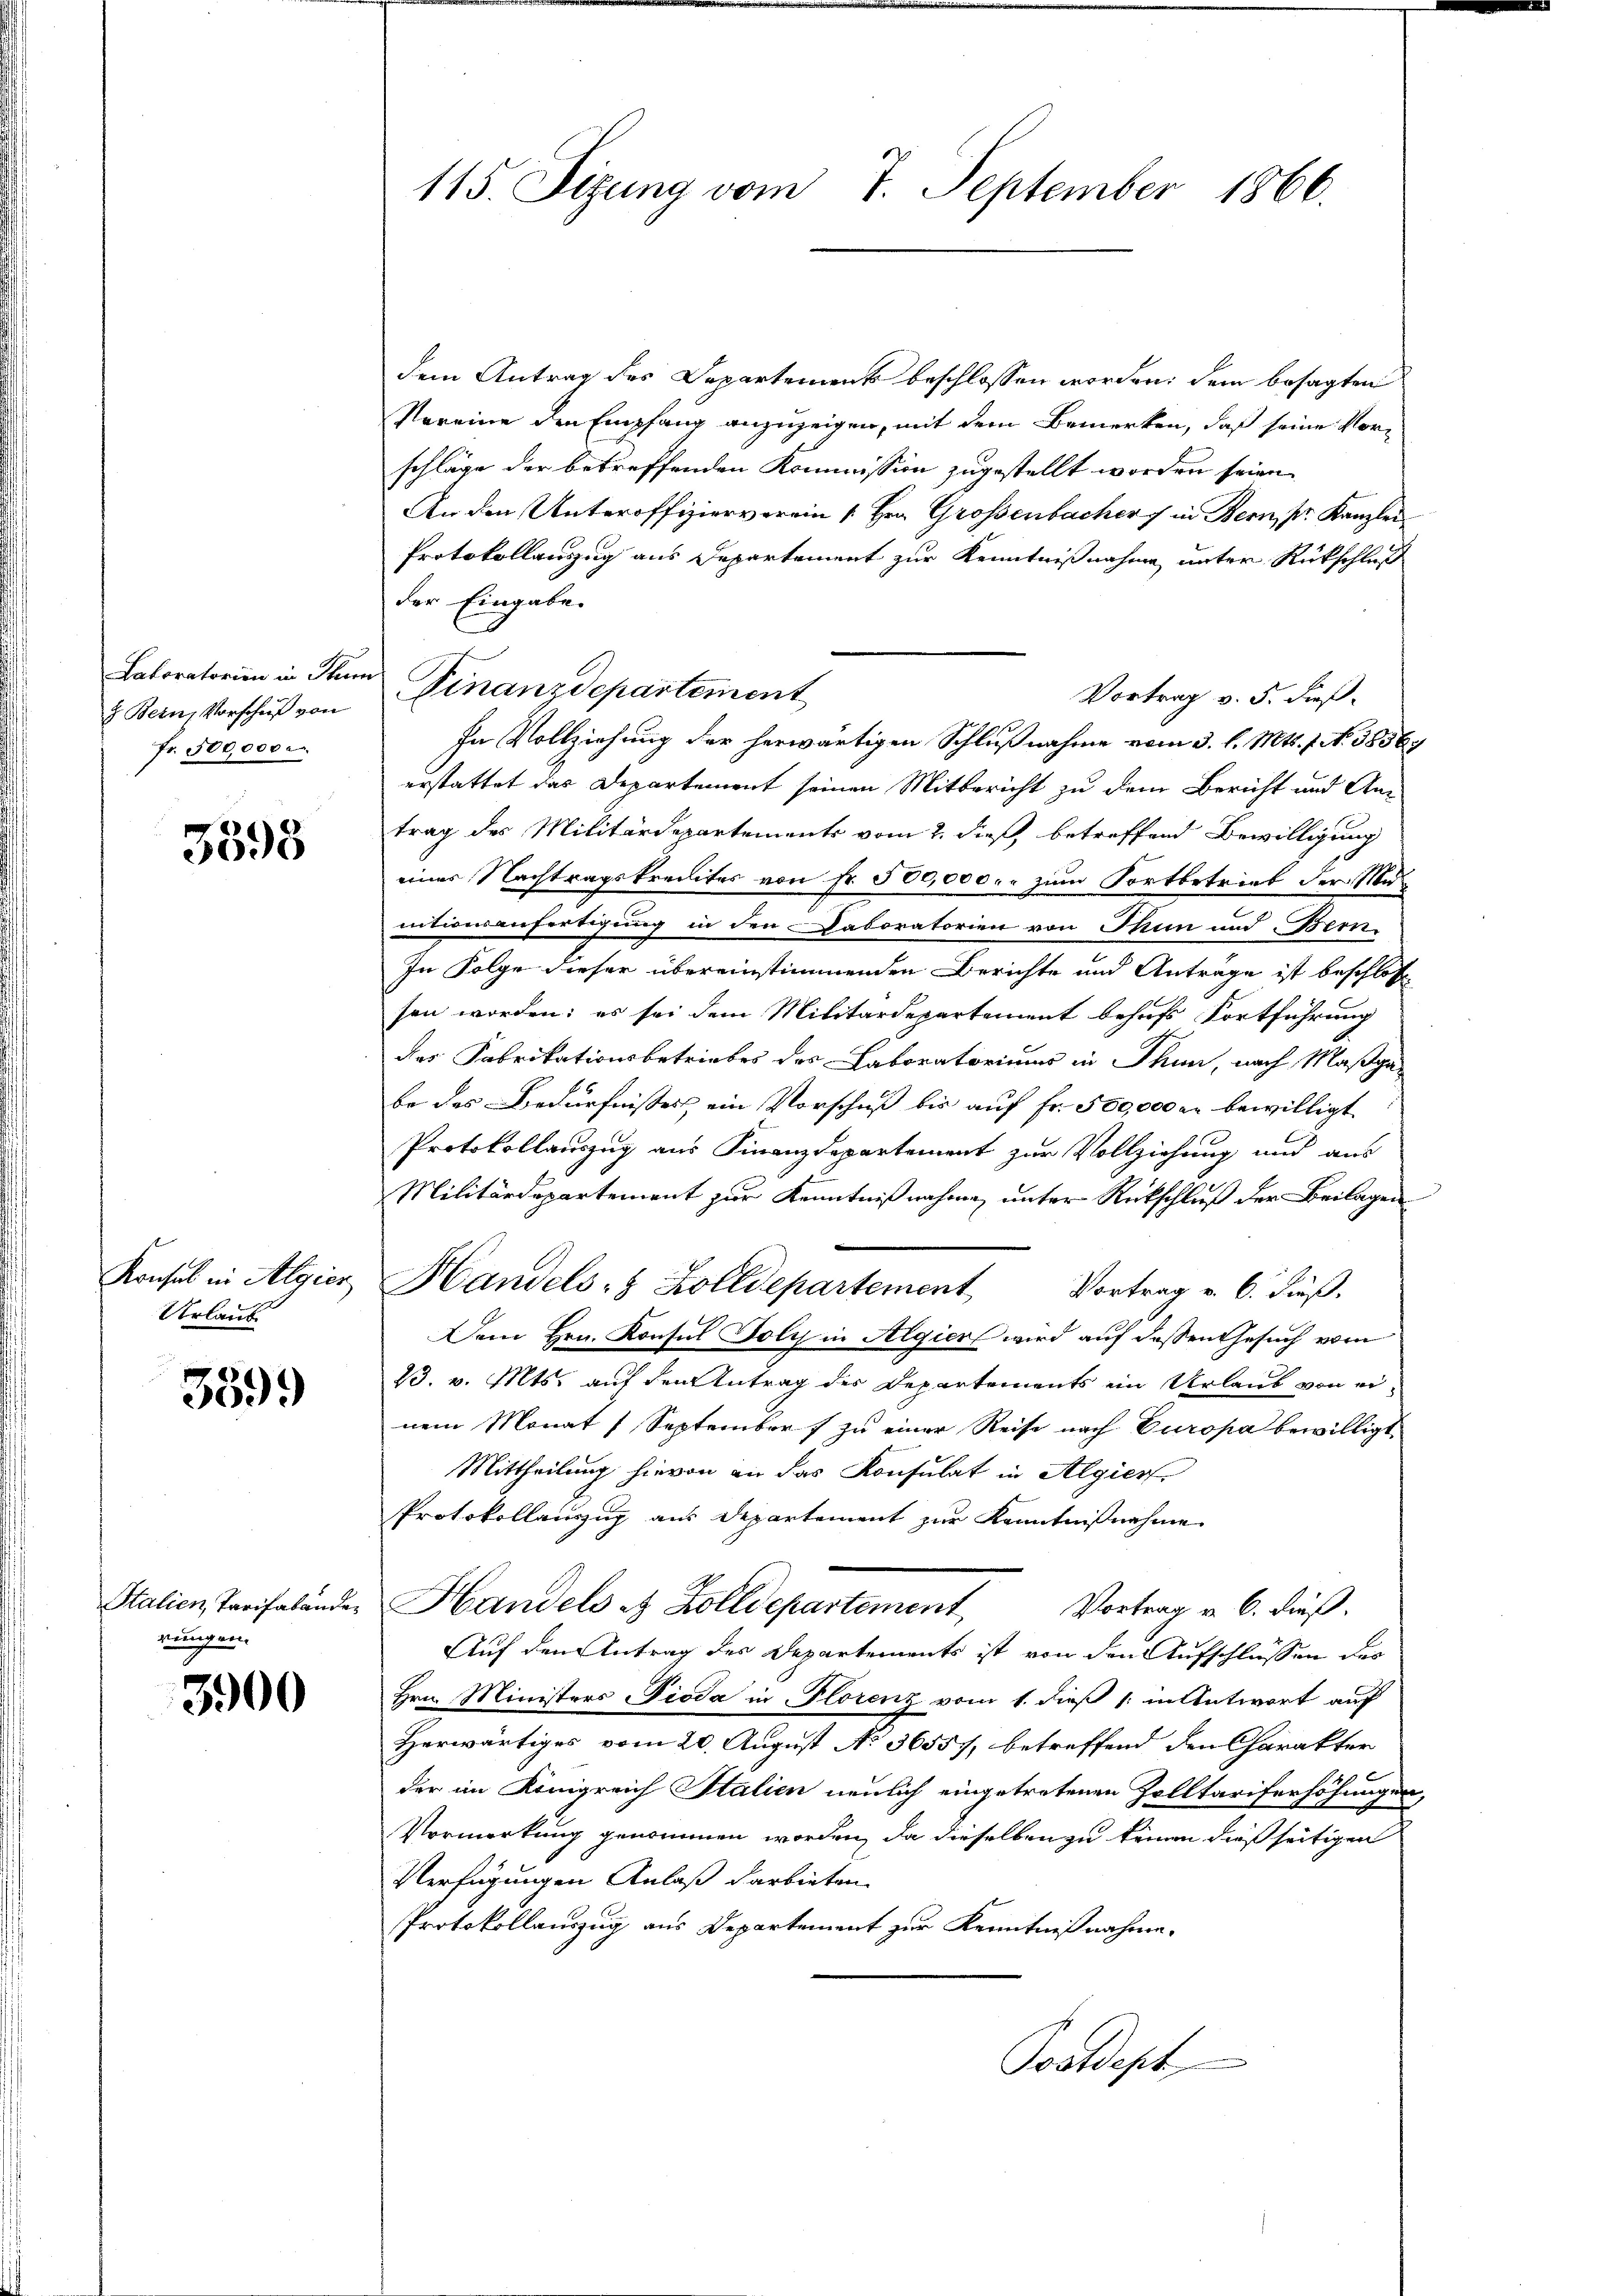
Laboratorien in Thur
5 Bern Vorschuß von
fr. 500,000

3398

Konsul in Algier
Urlaub

3599

Stalien, Tarifabander
rungen.

3900

115. Sizung vom 7. September 1866.

dem Antrag des Departement beschlossen worden, dem besagten
Vereine den Empfang anzuzeigen, mit dem Bemerken, daß seine Vorschläge der betreffenden Kommission zugestellt worden seien.
An den Unteroffizierverein [Hrn. Grossenbacher in Bern, pr. Kanzlei
Protokollauszug aus Departement zur Kenntnißnahme unter Rückschluß
der Eingabe.
Finanzdepartement
Vortrag v. 5. dieß.
In Vollziehung der herwärtigen Schlußnahme vom 3. l. Mts. 7. No. 38369
erstattet das Departement seinen Mitbericht zu dem Bericht und Antrag des Militärdepartements vom 2. dieß, betreffend Bewilligung
einer Nachtragskredites von Fr. 500,000. zum Fortbetrieb der Muentionsanfertigung in den Laboratorien von Thun und Bern
In Folge dieser übereinstimmenden Berichte und Anträge ist beschloss
sen worden; es sei dem Militärdepartement behufs Fortführung
des Fabrikationsbetriebes des Laboratoriums in Thun, nach Maßga-
be des Bedürfnisses, ein Vorschuß bis auf Fr. 500000 kr bewilligt
Protokollauszug aus Finanzdepartement zur Vollziehung und aus
Militärdepartement zur Kenntnißnahme unter Rückschluß der Beilagen
Handels- & Zolldepartement Vortrag v. 6. dieß.
Dem Hrn. Konsul Foly in Algier wird auf dessen Gesuch vom
23. v. Mts. auf den Antrag des Departements ein Urlaub von einem Monat 1 September f zu einer Reise nach Europa bewilligt.
Mittheilung hievon an das Konsulat in Algier
Protokollenzug aus Departement zur Kenntnißnahme
Handels & Zolldepartement Vortrag v. 6. dieß.
Auf den Antrag des Departements ist von den Aufschlüssen des
Hrn. Ministers Pioda in Florenz vom 1. dieß (: in Antwort auf
Herwärtiges vom 20. August No 36557, betreffend den Charakter
der im Königreich Italien neulich eingetretenen Zolltariferhöhungen,
Vormerkung genommen worden, da dieselben zu keinen dießseitigen
Verfügungen Anlaß darbieten.
Protokollauszug aus Departement zur Kenntnißnahme.
Postdept